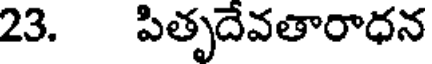
23. పితృదేవతారాధన